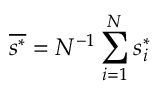
\overline { { s ^ { * } } } = N ^ { - 1 } \sum _ { i = 1 } ^ { N } s _ { i } ^ { * }